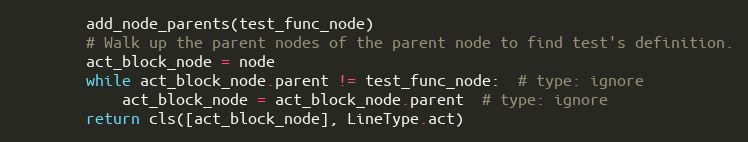
Language: Python
        add_node_parents(test_func_node)
        # Walk up the parent nodes of the parent node to find test's definition.
        act_block_node = node
        while act_block_node.parent != test_func_node:  # type: ignore
            act_block_node = act_block_node.parent  # type: ignore
        return cls([act_block_node], LineType.act)